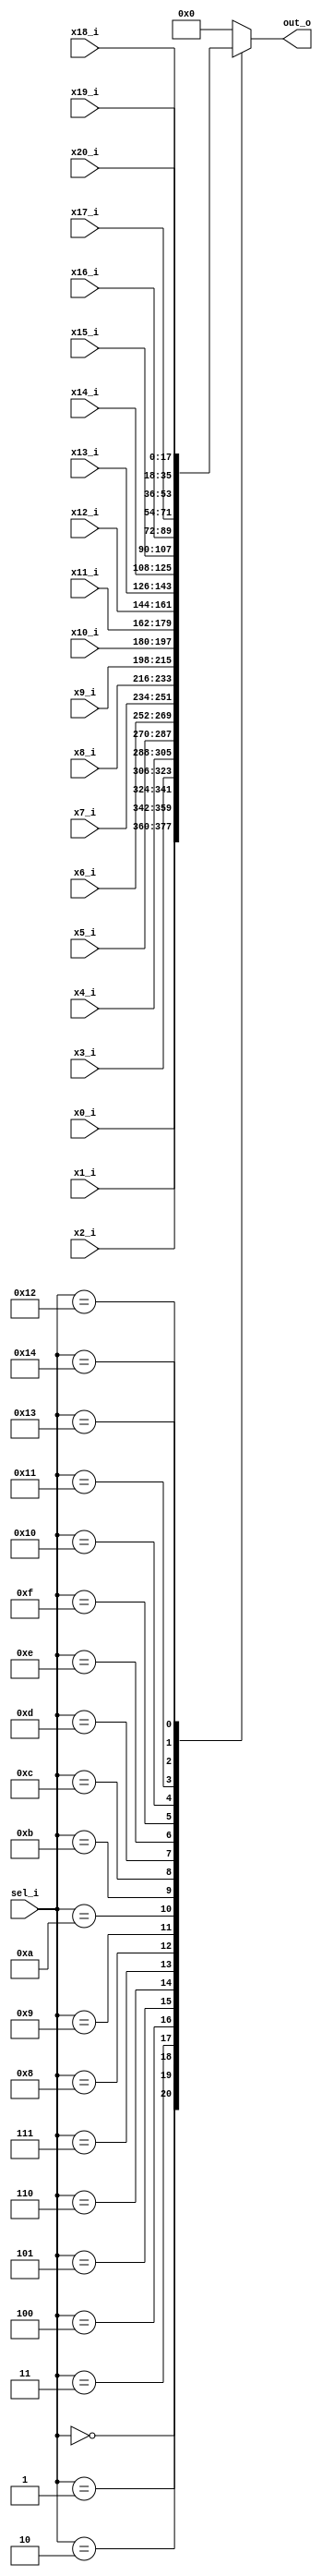
module mux21_to_1 #(
  parameter n = 18
)	(
  input      [n-1:0] x0_i,
  input      [n-1:0] x1_i,
  input      [n-1:0] x2_i,
  input      [n-1:0] x3_i,
  input      [n-1:0] x4_i,
  input      [n-1:0] x5_i,
  input      [n-1:0] x6_i,
  input      [n-1:0] x7_i,
  input      [n-1:0] x8_i,
  input      [n-1:0] x9_i,
  input      [n-1:0] x10_i,
  input      [n-1:0] x11_i,
  input      [n-1:0] x12_i,
  input      [n-1:0] x13_i,
  input      [n-1:0] x14_i,
  input      [n-1:0] x15_i,
  input      [n-1:0] x16_i,
  input      [n-1:0] x17_i,
  input      [n-1:0] x18_i,
  input      [n-1:0] x19_i,
  input      [n-1:0] x20_i,
  input        [5:0] sel_i,
  output reg [n-1:0] out_o
);
	
	always @(*) begin
		case(sel_i)			
			 0 : out_o = x0_i;
       1 : out_o = x1_i;
       2 : out_o = x2_i;
       3 : out_o = x3_i;
       4 : out_o = x4_i;
       5 : out_o = x5_i;
       6 : out_o = x6_i;
       7 : out_o = x7_i;
       8 : out_o = x8_i;
       9 : out_o = x9_i;
      10 : out_o = x10_i;
      11 : out_o = x11_i;
      12 : out_o = x12_i;
      13 : out_o = x13_i;
      14 : out_o = x14_i;
      15 : out_o = x15_i;
      16 : out_o = x16_i;
      17 : out_o = x17_i;
      18 : out_o = x18_i;
      19 : out_o = x19_i;
      20 : out_o = x20_i; 
			default : out_o = 0;			
		endcase
  end	
endmodule